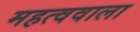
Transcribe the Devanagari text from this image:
महत्ववाला